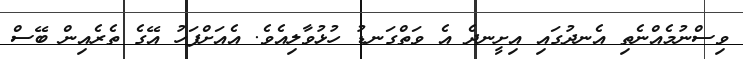
ވިސްނުމެއްނެތި އެނދުގައި އިށީނދެ އެ ވަތްގަނޑު ހުޅުވާލިއެވެ. އެއަށްފަހު އޭގެ ތެރެއިން ބޭސް